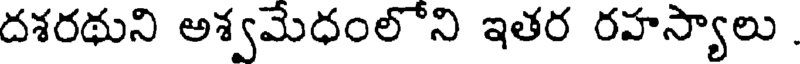
దశరథుని అశ్వమేధంలోని ఇతర రహస్యాలు .